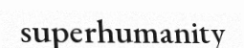
superhumanity